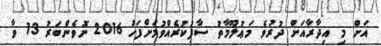
އަށް މި އިދާރާއަށް ދުރުވެ މަޢުލޫމާތު ސާފުކުރެއްވުމަށްފަހު 2016 ނޮވެންބަރު 13 ވާ